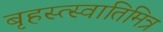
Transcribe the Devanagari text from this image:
बृहस्त्स्वातिमित्र